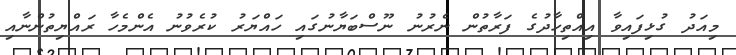
މިއަދު ގުޅިފައިވާ އިއްތިހާދުގެ ފަރާތުން ނެރުނު ނޫސްބަޔާނުގައި ހައްޔަރު ކުރެވުނު އެންމެހާ ރައްޔިތުންނާއި